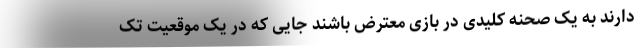
دارند به یک صحنه کلیدی در بازی معترض باشند جایی که در یک موقعیت تک